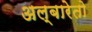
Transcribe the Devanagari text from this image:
अल्बारेतो